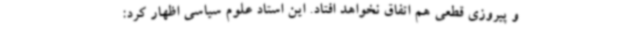
و پیروزی قطعی هم اتفاق نخواهد افتاد. این استاد علوم سیاسی اظهار کرد: